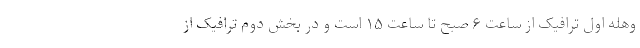
وهله اول ترافیک از ساعت ۶ صبح تا ساعت ۱۵ است و در بخش دوم ترافیک از